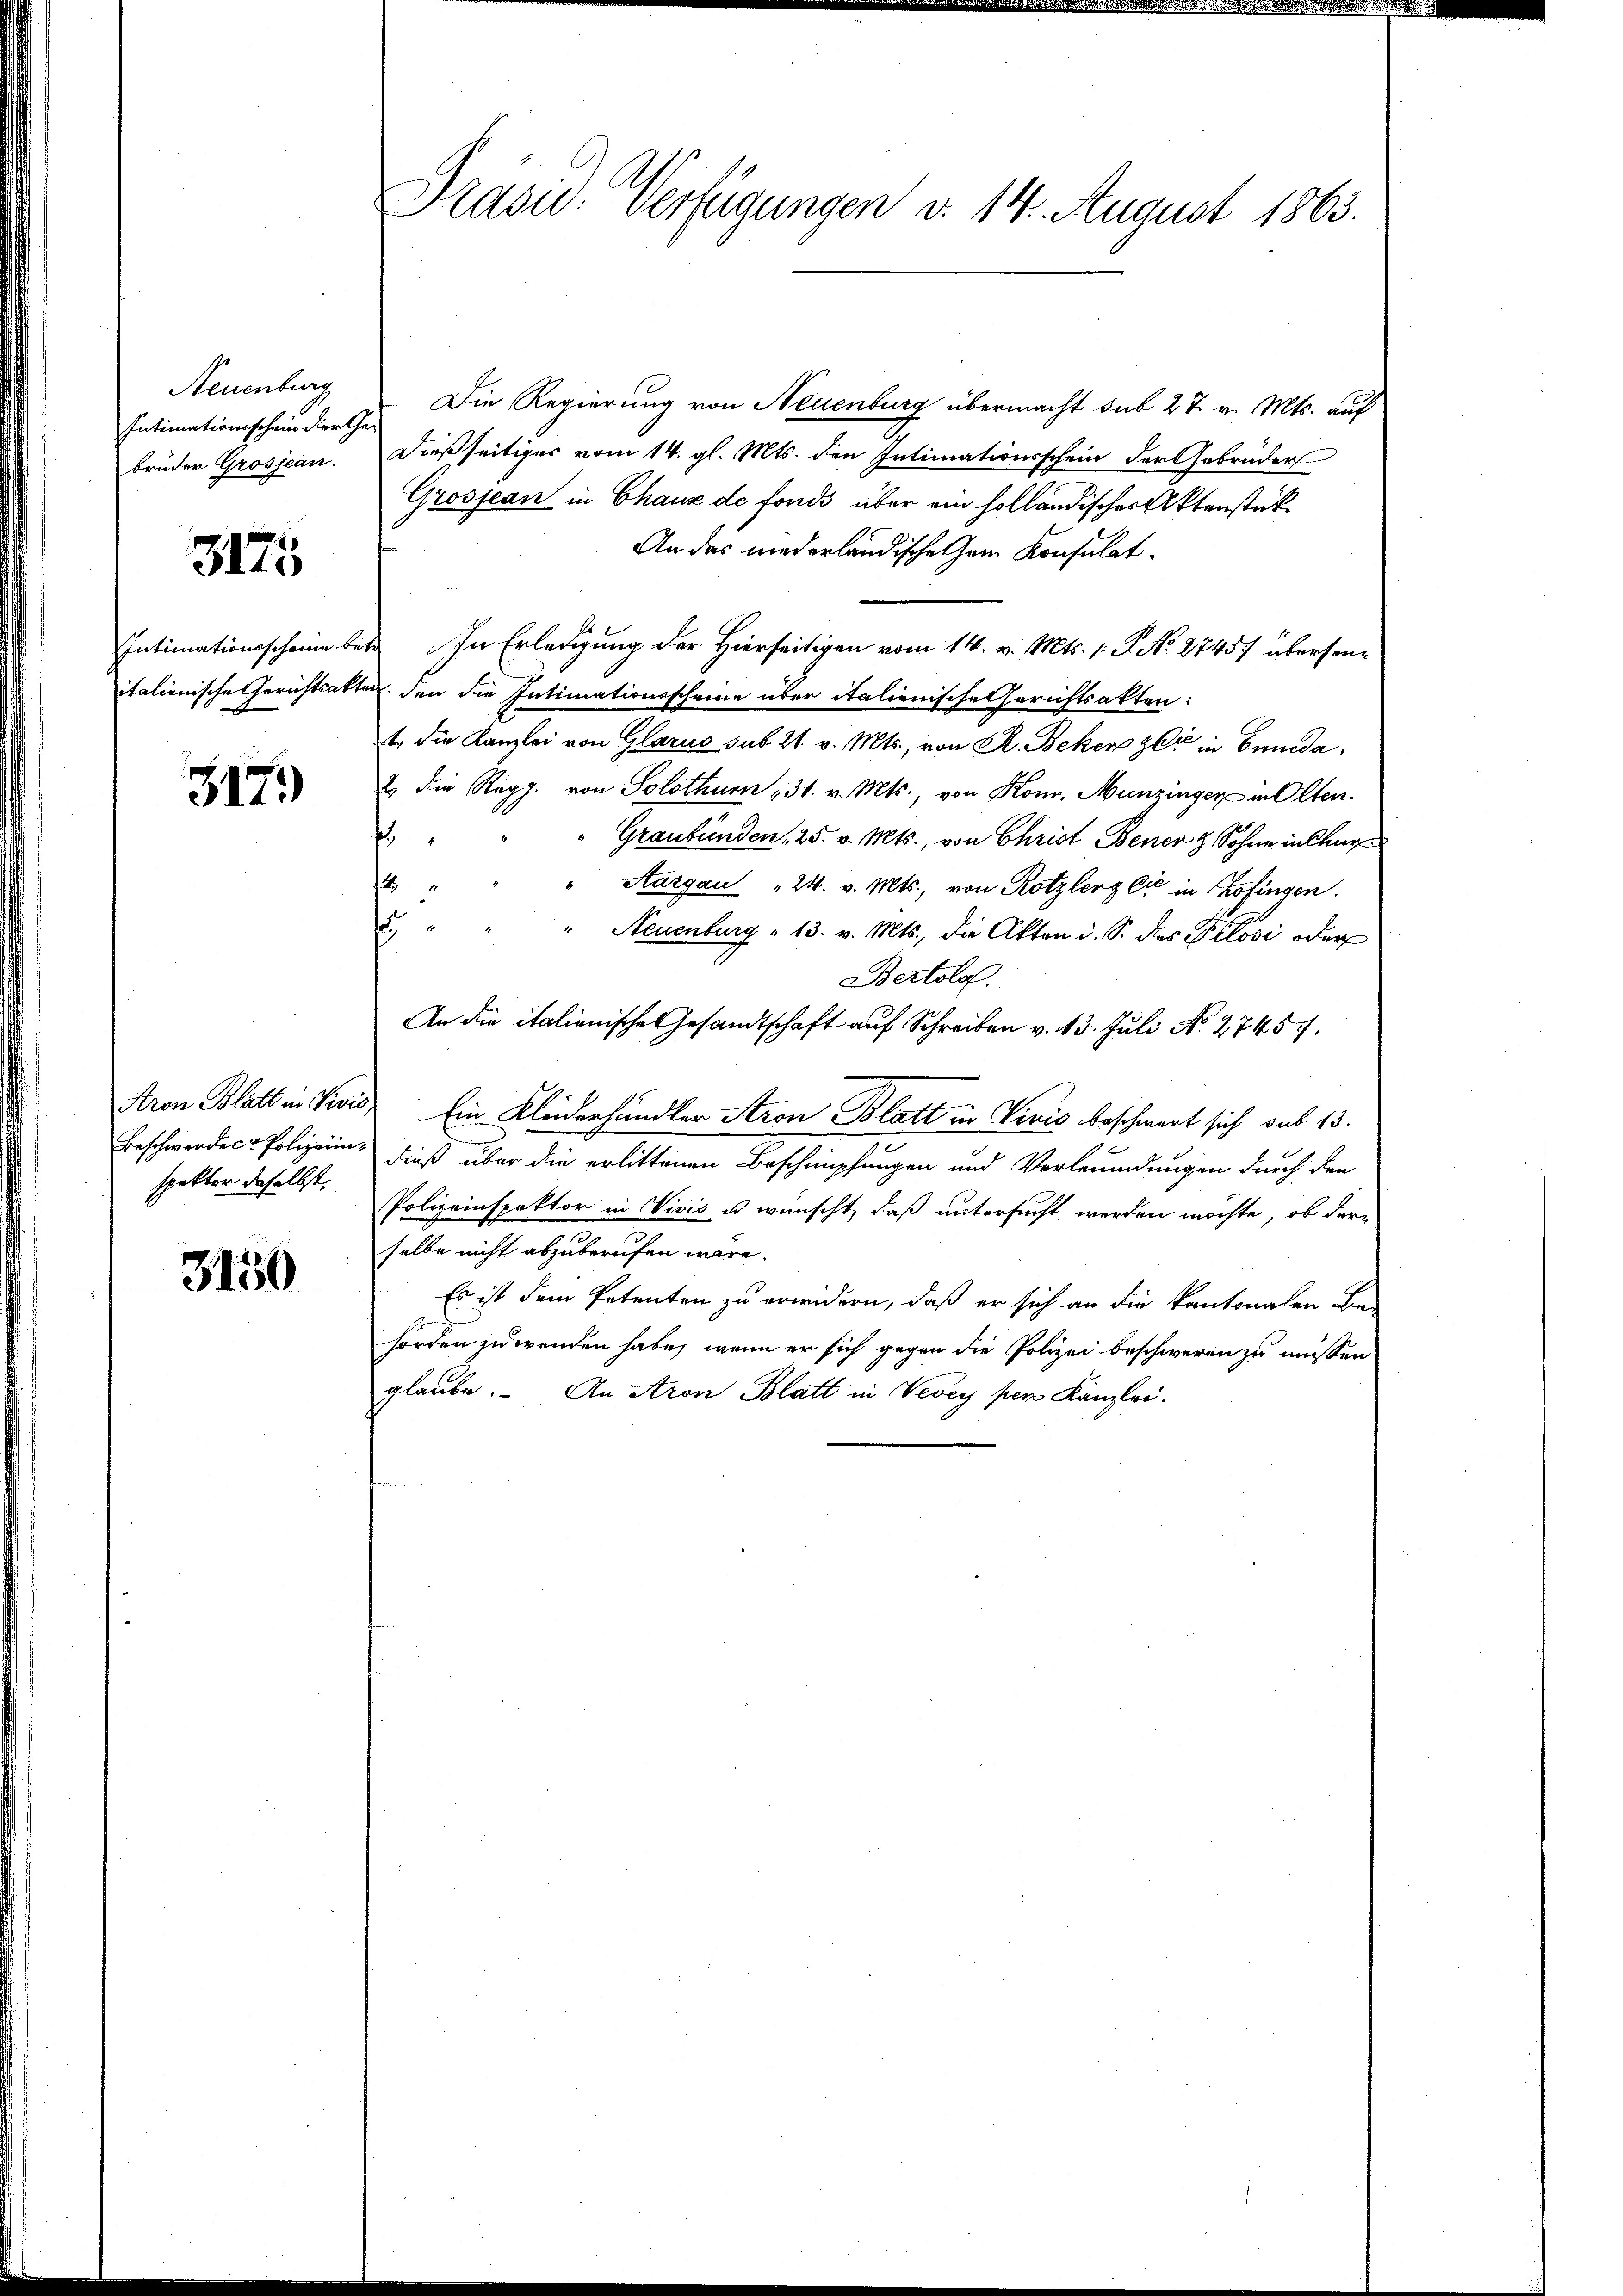
Neuenburg
Intimationsschein der Gebrüder Grosjean.

3175

317.

Beschwerde- & Polizeimspektor daselbst.

3150

Präsid. Verfügungen v. 14. August 1863.

Die Regierung von Neuenburg übermacht sub 27. v. Mts. auf
Dießseitiges vom 14. gl. Mts. den Intimationsschein der Gebrüder
Grosjean in Chaux de fonds über ein holländischer Aktenstük¬
An das niederländischehen Konsulat
Intimationsscheine bei In Erledigung der Hierseitigen vom 14. v. Mts. 1. P. No. 2745) übersenitalienische Gerichtsalten, den die Intimationsscheine über italienische Gerichtsakten:
t die Kanzlei von Glarus sub 21. v. Mts., von R. Beken zur in Funda
2 die Regg. von Solothurn, 31. v. Mts., von Konr. Munzinger in Olten.
" Graubünden, 25. v. Mts., von Christ Bener & Sohne in Chur
f
12
" Aargau 24. v. Mts., von Rotzlers er in Zofingen.
s
" Neuenburg 13. v. Mts., die Akten d. S. des Pelosi oder
Bertolos.
An die italienische Gesandtschaft auf Schreiben v. 13. Juli N. 27457.
Aron Blatt in Vivis Ein Kleiderhändler Aron Blatt in Vivis beschwort sich sub 13.
dieß über die erlittenen Beschnüpfungen und Verleumdungen durch den
Polizeinspektor in Vivis u wünscht, daß untersucht werden möchte, ob der
selbe nicht abzuberufen wäre.
Es ist dem Petenten zu erwidern, daß er sich an die kantonalen Be-
hörden zuwenden habe, wenn er sich gegen die Polizei beschweren zu müssen
glaube. An Aron Blatt in Vevey per Kanzlei.